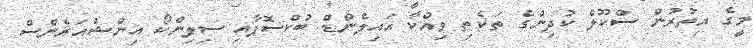
މީގެ އިތުރުން ސްކޫލް ކުދިންގެ ތަކެތި ވިއްކާ އައިލެންޑް ބުކްސޮޕާއި ސިލިންކޯ އިންޝުއަރެންސް